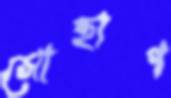
সোহাগ